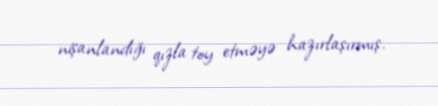
nişanlandığı qızla toy etməyə hazırlaşırmış.